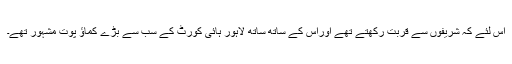
اس لئے کہ شریفوں سے قربت رکھتے تھے اوراس کے ساتھ ساتھ لاہور ہائی کورٹ کے سب سے بڑے کماؤ پوت مشہور تھے۔